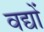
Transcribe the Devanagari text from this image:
वद्यों